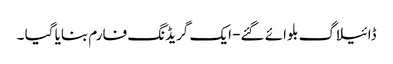
ڈائیلاگ بلوائے گئے- ایک گریڈنگ فارم بنایا گیا ۔